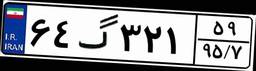
۶۴گ۳۲۱۵۹